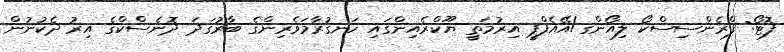
ފޮޓޯ: ފްރެންސިސްކޯ ލިއޯންގ/އޭއެފްޕީ އިރުމަތީ ޔޫކްރެއިންގައި ހަނގުރާމަވެރިންގެ ބާރުގަދަ ދޮނެސްކްގެ އިރު ދެކުނުން